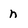
Character: n